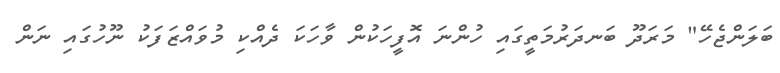
ބަލަންޖެހޭ" މަރަދޫ ބަނދަރުމަތީގައި ހުންނަ އޮފީހަކުން ވާހަކަ ދެއްކި މުވައްޒަފަކު ނޫހުގައި ނަން